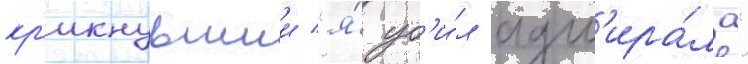
кр'икнувшии "я́ уб'и́л адм'ира́ла"